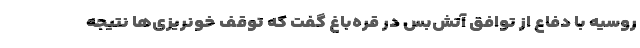
روسیه با دفاع از توافق آتش‌بس در قره‌باغ گفت که توقف خونریزی‌ها نتیجه